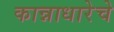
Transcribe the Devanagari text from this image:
कान्नाधारेचे